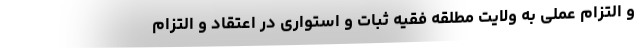
و التزام عملی به ولایت مطلقه فقیه ثبات و استواری در اعتقاد و التزام